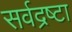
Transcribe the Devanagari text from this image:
सर्वद्रष्टा